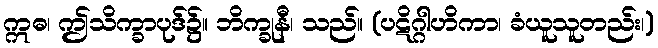
ဣဓ၊ ဤသိက္ခာပုဒ်၌။ ဘိက္ခုနီ၊ သည်။ (ပဋိဂ္ဂါဟိကာ၊ ခံယူသူတည်း၊)